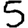
Digit: 5